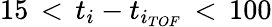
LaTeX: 15\, <\, t_{i}-t_{i_{TOF}}\, <\, 100